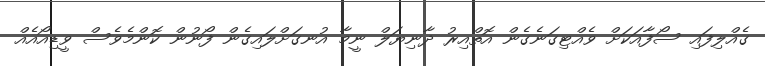
ގެއްލިފައި ސޯފާއަކަށް ވެއްޓިގަނެގެން އޮތްއިރު ދާނިޔަލް ނީމާ އުނގަށްލައިގެން ފޯނުން ކޮންމެވެސް ވީޑިއޯއެއް